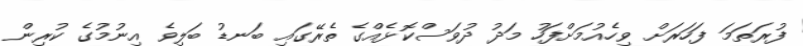
ފުރަތަމަ ފަހަރަށް ވިހެއުމަށްފަހު މަދު ދުވަސްކޮޅެއްގެ ތެރޭގައި ބަނޑު ބަލިވެ އިނުމުގެ ކުރިން